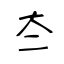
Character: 夳